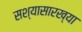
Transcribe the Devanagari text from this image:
सश्यासारख्या